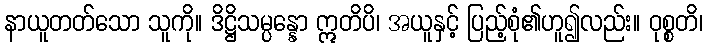
နာယူတတ်သော သူကို။ ဒိဋ္ဌိသမ္ပန္နော ဣတိပိ၊ အယူနှင့် ပြည့်စုံ၏ဟူ၍လည်း။ ဝုစ္စတိ၊